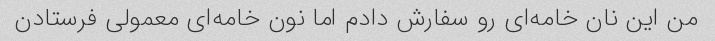
من این نان خامه‌ای رو سفارش دادم اما نون خامه‌ای معمولی فرستادن